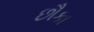
છૌકા